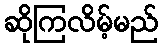
ဆိုကြလိမ့်မည်